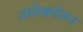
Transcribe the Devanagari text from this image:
शाळेसमोरून